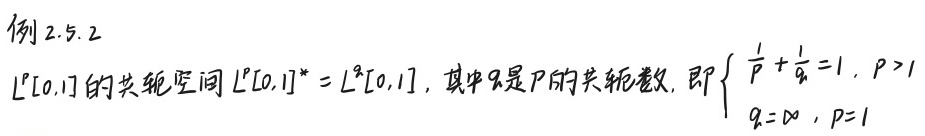
例 2.5.2

$L^p[0,1]$ 的共轭空间 $L^p[0,1]^* = L^q[0,1]$，其中 $q$ 是 $p$ 的共轭数，即 $\begin{cases}\frac{1}{p}+\frac{1}{q}=1, & p > 1 \\ q = \infty, & p = 1\end{cases}$